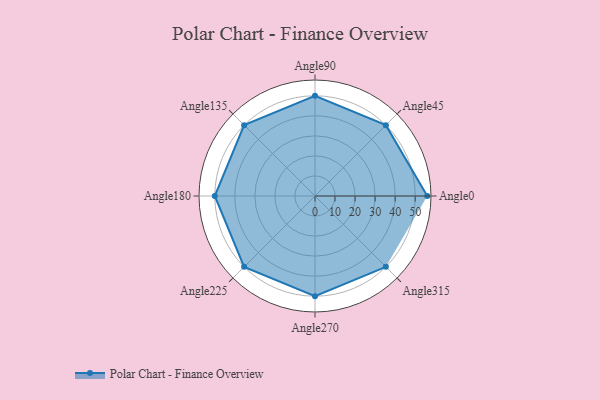
{"axis": {"x": "Angle", "y": "Radius"}, "legend": [""], "data": [{"x": "Angle0", "y": 56.0, "type": ""}, {"x": "Angle45", "y": 50, "type": ""}, {"x": "Angle90", "y": 50, "type": ""}, {"x": "Angle135", "y": 50, "type": ""}, {"x": "Angle180", "y": 50, "type": ""}, {"x": "Angle225", "y": 50, "type": ""}, {"x": "Angle270", "y": 50, "type": ""}, {"x": "Angle315", "y": 50, "type": ""}]}